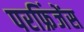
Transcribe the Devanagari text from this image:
परफ्रिंजेंस